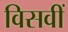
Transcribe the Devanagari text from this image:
विसवीं